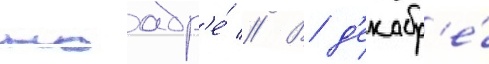
ноабр'е́ // В д'екабр'е́